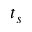
t _ { s }